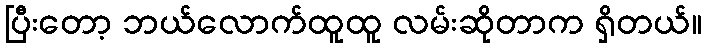
ပြီးတော့ ဘယ်လောက်ထူထူ လမ်းဆိုတာက ရှိတယ်။